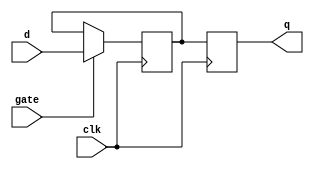
module gated_d_latch_flip_flop (
  input clk,
  input gate,
  input d,
  output reg q
);

reg q_temp;

always @(posedge clk) begin
  if (gate) begin
    q_temp <= d;
  end
end

always @(posedge clk) begin
  q <= q_temp;
end

endmodule